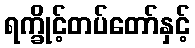
ရက္ခိုင့်တပ်တော်နှင့်